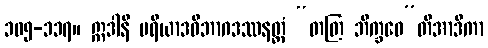
၁၀၅-၁၁၇။ ဣဒါနိ မရိယာဒဝိဘာဂဒဿနတ္ထံ “တတြ ဘိက္ခဝေ”တိအာဒိကာ